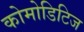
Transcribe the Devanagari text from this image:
कोमोडिटिज